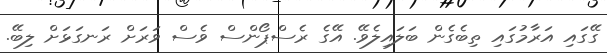
ގޭގައި އަރާމުގައި ތިބެގެން ބަލައިލެވޭ. އޭގެ ރެސްޕޯންސް ވެސް ވަރަށް ރަނގަޅަށް ލިބޭ.